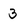
Character: 3